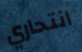
انتحاري